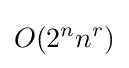
O(2^{n}n^{r})